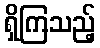
ရှိကြသည့်